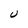
Character: U